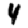
Digit: 4